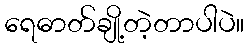
ရေဓာတ်ချို့တဲ့တာပါပဲ။